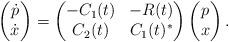
LaTeX: \begin{align*}\begin{pmatrix}\dot{p} \\ \dot{x}\end{pmatrix} = \begin{pmatrix} - C_1(t) & -R(t) \\ C_2(t) & C_1(t)^{*}\end{pmatrix} \begin{pmatrix}p \\ x\end{pmatrix}.\end{align*}